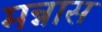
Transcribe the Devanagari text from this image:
मन्नास